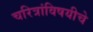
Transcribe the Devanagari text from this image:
चरित्रांविषयीचे